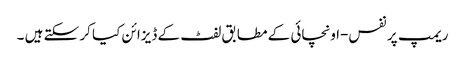
ریمپ پر نفس-اونچائی کے مطابق لفٹ کے ڈیزائن کیا کر سکتے ہیں ۔